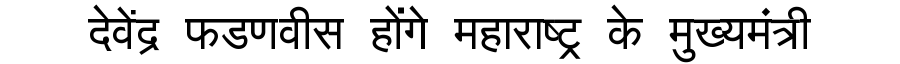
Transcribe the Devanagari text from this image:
देवेंद्र फडणवीस होंगे महाराष्ट्र के मुख्यमंत्री